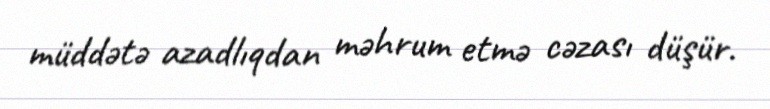
müddətə azadlıqdan məhrum etmə cəzası düşür.